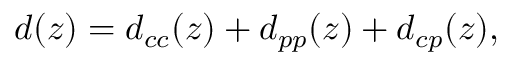
d ( z ) = d _ { c c } ( z ) + d _ { p p } ( z ) + d _ { c p } ( z ) ,